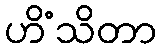
ဟိံသိတာ